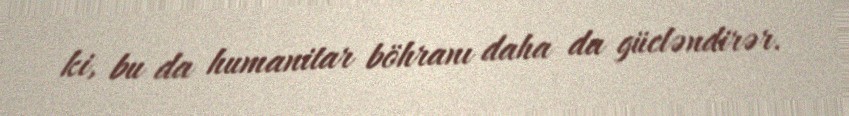
ki, bu da humanitar böhranı daha da gücləndirər.